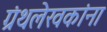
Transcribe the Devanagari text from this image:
ग्रंथलेखकांना